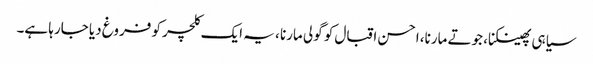
سیاہی پھینکنا، جوتے مارنا، احسن اقبال کو گولی مارنا ، یہ ایک کلچر کو فروغ دیا جارہا ہے۔